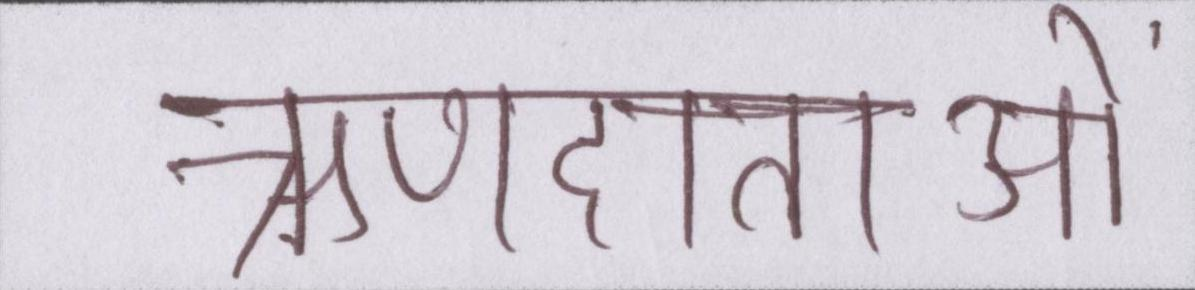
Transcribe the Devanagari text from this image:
ऋणदाताओं